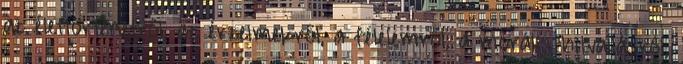
az élettörténetről, az érzelmekről, a félelemről, a morális hitvallásról,